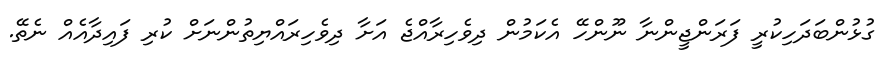
ގުޅުންބަދަހިކުރީ ފަރަންޖީންނާ ނޫންހޭ އެކަމުން ދިވެހިރާއްޖެ އަށާ ދިވެހިރައްޔިތުންނަށް ކުރި ފައިދާއެއް ނެތޭ.